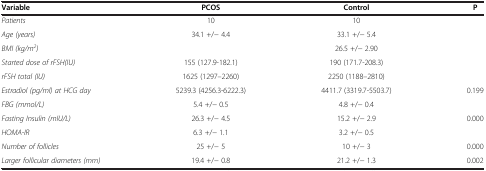
<table><thead><tr><td><b>Variable</b></td><td><b>PCOS</b></td><td><b>Control</b></td><td><b>P</b></td></tr></thead><tbody><tr><td><i>Patients</i></td><td>10</td><td>10</td><td>[EMPTY_CELL]</td></tr><tr><td><i>Age (years)</i></td><td>34.1 +/− 4.4</td><td>33.1 +/− 5.4</td><td>[EMPTY_CELL]</td></tr><tr><td><i>BMI (kg/m</i><sup><i>2</i></sup><i>)</i></td><td>[EMPTY_CELL]</td><td>26.5 +/− 2.90</td><td>[EMPTY_CELL]</td></tr><tr><td><i>Started dose of rFSH(IU)</i></td><td>155 (127.9-182.1)</td><td>190 (171.7-208.3)</td><td>[EMPTY_CELL]</td></tr><tr><td><i>rFSH total (IU)</i></td><td>1625 (1297–2260)</td><td>2250 (1188–2810)</td><td>[EMPTY_CELL]</td></tr><tr><td><i>Estradiol (pg/ml) at HCG day</i></td><td>5239.3 (4256.3-6222.3)</td><td>4411.7 (3319.7-5503.7)</td><td>0.199</td></tr><tr><td><i>FBG (mmol/L)</i></td><td>5.4 +/− 0.5</td><td>4.8 +/− 0.4</td><td>[EMPTY_CELL]</td></tr><tr><td><i>Fasting Insulin (mIU/L)</i></td><td>26.3 +/− 4.5</td><td>15.2 +/− 2.9</td><td>0.000</td></tr><tr><td><i>HOMA-IR</i></td><td>6.3 +/− 1.1</td><td>3.2 +/− 0.5</td><td>[EMPTY_CELL]</td></tr><tr><td><i>Number of follicles</i></td><td>25 +/− 5</td><td>10 +/− 3</td><td>0.000</td></tr><tr><td><i>Larger follicular diameters (mm)</i></td><td>19.4 +/− 0.8</td><td>21.2 +/− 1.3</td><td>0.002</td></tr></tbody></table>